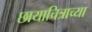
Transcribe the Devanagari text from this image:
छायाचित्राच्या